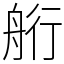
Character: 𦨵